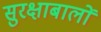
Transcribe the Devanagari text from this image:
सुरक्षाबालों